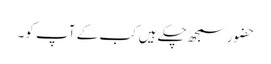
حضور سمجھ چکے ہیں کب کے آپ کو۔